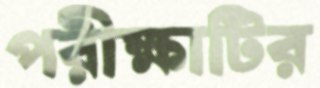
পরীক্ষাটির